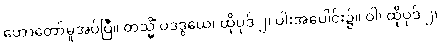
ဟောတော်မူအပ်ပြီ။ တသ္မိံ ပဒဒွယေ၊ ထိုပုဒ် ၂၊ ပါးအပေါင်း၌။ ဝါ၊ ထိုပုဒ် ၂၊